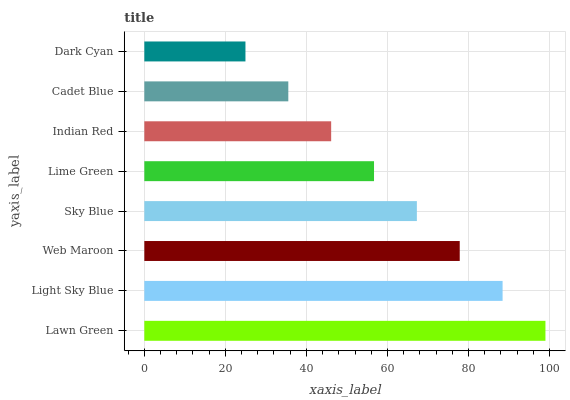
| yaxis_label | bars |
 | --- | --- |
 | Lawn Green | 99 |
 | Light Sky Blue | 88.4 |
 | Web Maroon | 77.8 |
 | Sky Blue | 67.3 |
 | Lime Green | 56.7 |
 | Indian Red | 46.1 |
 | Cadet Blue | 35.5 |
 | Dark Cyan | 25 |